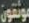
موثقون